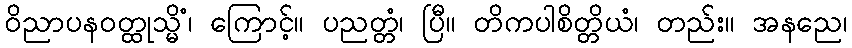
ဝိညာပနဝတ္ထုသ္မိံ၊ ကြောင့်။ ပညတ္တံ၊ ပြီ။ တိကပါစိတ္တိယံ၊ တည်း။ အနညေ၊